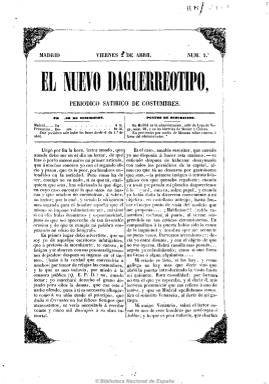
Título: El Nuevo daguerrotipo
Colección: Revistas satíricas y humorísticas || Periódicos
Ámbito geográfico: Madrid
Lugar de publicación: Madrid
Fechas: 02/04/1852-10/05/1852

“Periódico satírico y de costumbres” madrileño, redactado por el periodista y literato Francisco Acuña y Navarro y con textos que aparecen firmados principalmente bajo los seudónimos “El Bueno de Ricardo” y “Estenio”, y que contó con otras colaboraciones. Incluye extensos textos de estilo costumbrista que tratan de toros, teatros, cafés, tertulias literarias, así como composiciones poéticas, epigramas, y una sección titulada “Cajón de sastre”, con breves apuntes de variedades. Probablemente fue obra personal de Acuña, que no llegó a tirar más de seis números, de ocho páginas cada uno y periodicidad semanal.